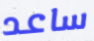
ساعد